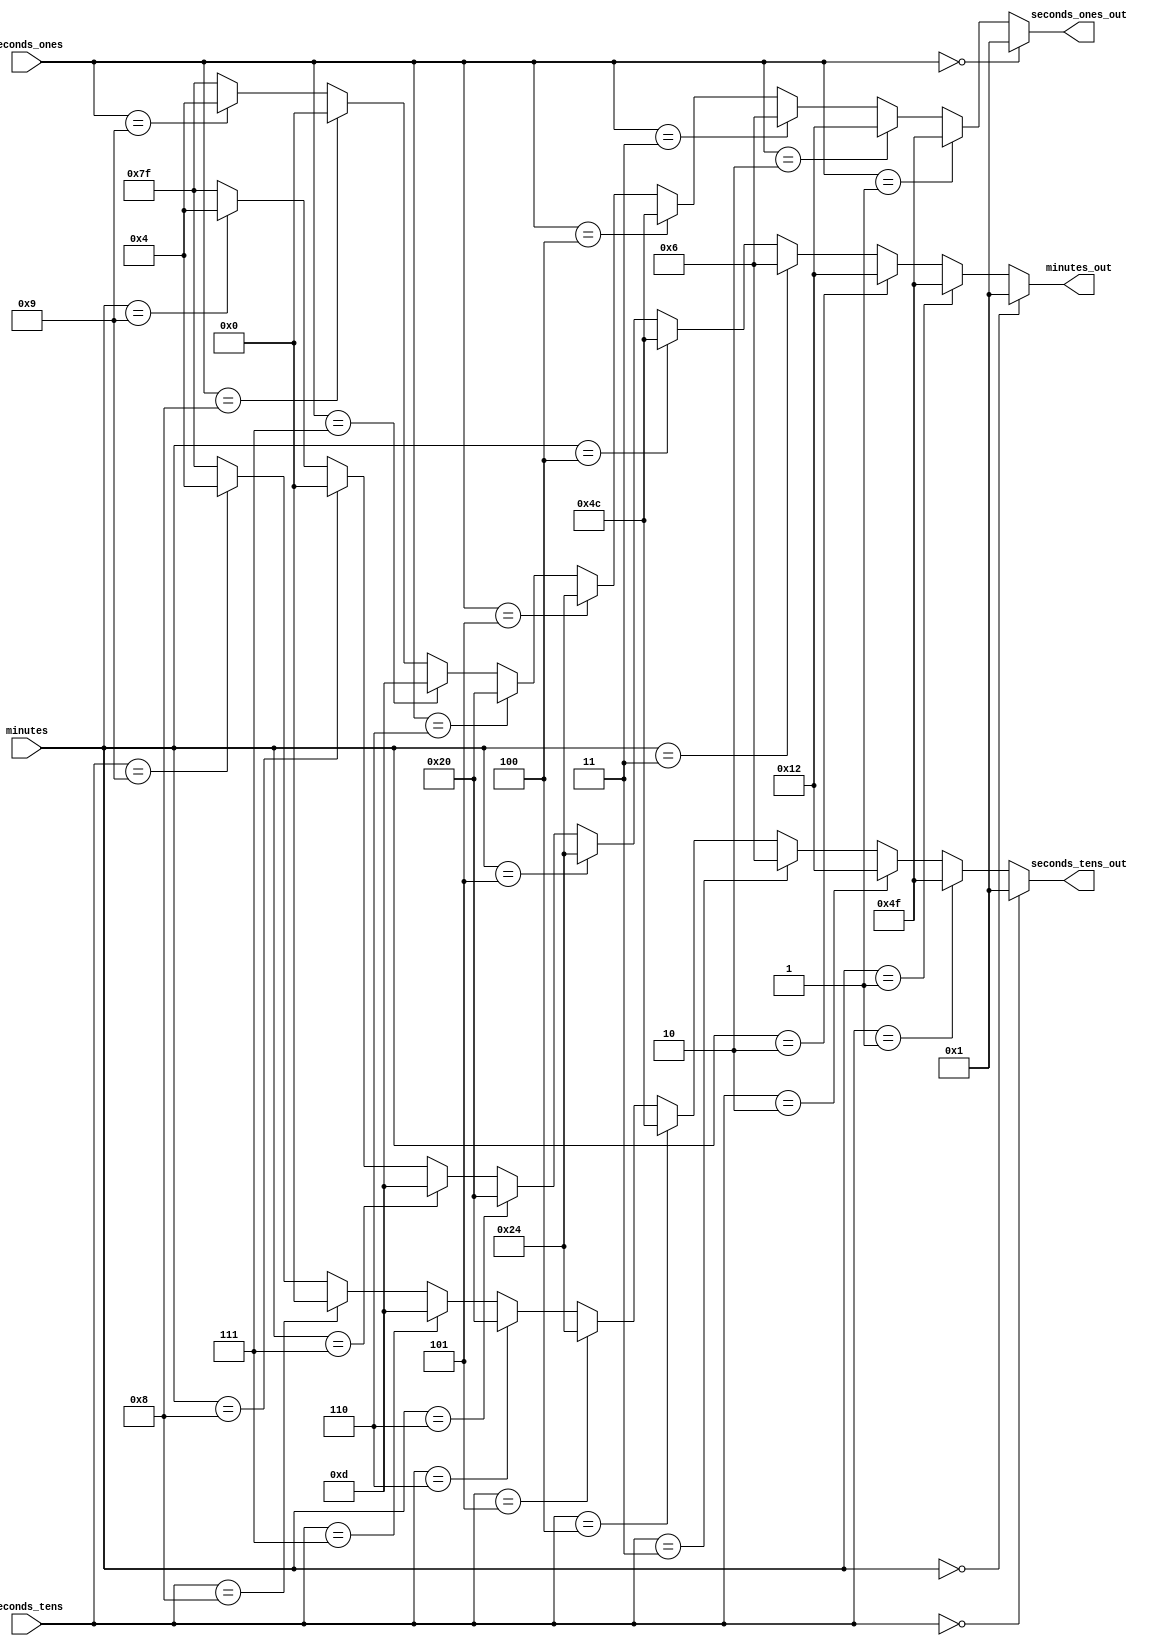
module seg7_driver(
    input wire [3:0] seconds_ones,
    input wire [3:0] seconds_tens,
    input wire [3:0] minutes,

    output wire [6:0] seconds_ones_out,
    output wire [6:0] seconds_tens_out,
    output wire [6:0] minutes_out
);

assign seconds_ones_out = (seconds_ones == 4'b0000)? 7'b0000001:  // active-LOW coded
                          (seconds_ones == 4'b0001)? 7'b1001111:
                          (seconds_ones == 4'b0010)? 7'b0010010: 
                          (seconds_ones == 4'b0011)? 7'b0000110:
                          (seconds_ones == 4'b0100)? 7'b1001100:
                          (seconds_ones == 4'b0101)? 7'b0100100:
                          (seconds_ones == 4'b0110)? 7'b0100000:
                          (seconds_ones == 4'b0111)? 7'b0001101:
                          (seconds_ones == 4'b1000)? 7'b0000000:
                          (seconds_ones == 4'b1001)? 7'b0000100:
                          8'b1111111;

assign seconds_tens_out = (seconds_tens == 4'b0000)? 7'b0000001:  // active-LOW coded
                          (seconds_tens == 4'b0001)? 7'b1001111:
                          (seconds_tens == 4'b0010)? 7'b0010010: 
                          (seconds_tens == 4'b0011)? 7'b0000110:
                          (seconds_tens == 4'b0100)? 7'b1001100:
                          (seconds_tens == 4'b0101)? 7'b0100100:
                          (seconds_tens == 4'b0110)? 7'b0100000:
                          (seconds_tens == 4'b0111)? 7'b0001101:
                          (seconds_tens == 4'b1000)? 7'b0000000:
                          (seconds_tens == 4'b1001)? 7'b0000100:
                          8'b1111111;

assign minutes_out =      (minutes == 4'b0000)? 7'b0000001:  // active-LOW coded
                          (minutes == 4'b0001)? 7'b1001111:
                          (minutes == 4'b0010)? 7'b0010010: 
                          (minutes == 4'b0011)? 7'b0000110:
                          (minutes == 4'b0100)? 7'b1001100:
                          (minutes == 4'b0101)? 7'b0100100:
                          (minutes == 4'b0110)? 7'b0100000:
                          (minutes == 4'b0111)? 7'b0001101:
                          (minutes == 4'b1000)? 7'b0000000:
                          (minutes == 4'b1001)? 7'b0000100:
                          8'b1111111;

endmodule